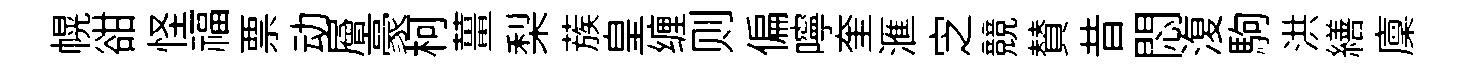
幌𧮳怪福票动層豪柯薑梨蔟皇缠则偏嚀奎滙㝎競賛昔悶𣸪駒洪繕廩